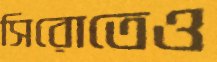
সিরোতেও